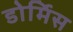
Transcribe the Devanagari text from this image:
डोर्मिस